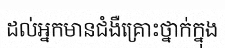
ដល់អ្នកមានជំងឺគ្រោះថ្នាក់ក្នុង